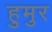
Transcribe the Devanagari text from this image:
हुमुर